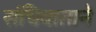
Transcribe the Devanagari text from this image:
संधिवाताने